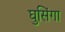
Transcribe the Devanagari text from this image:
घुसिंगा